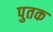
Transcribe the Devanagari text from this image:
पुतक